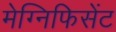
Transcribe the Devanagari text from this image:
मेग्निफिसेंट